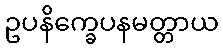
ဥပနိက္ခေပနမတ္တာယ